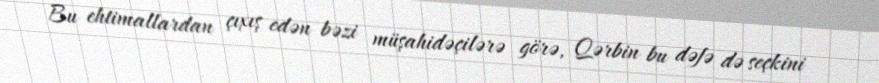
Bu ehtimallardan çıxış edən bəzi müşahidəçilərə görə, Qərbin bu dəfə də seçkini